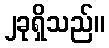
၂ခုရှိသည်။